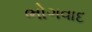
ભોગવાદ